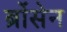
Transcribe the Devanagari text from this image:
ब्रोंसेन